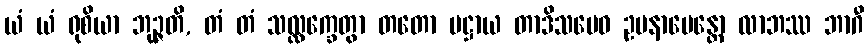
ယံ ယံ ရုစိယာ ဘုဉ္ဇတိ, တံ တံ သလ္လက္ခေတွာ တတော ပဋ္ဌာယ တာဒိသမေဝ ဥပနာမေန္တော လာဘဿ ဘာဂီ